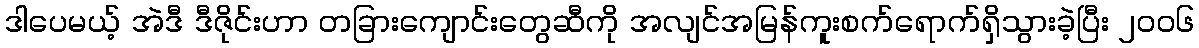
ဒါပေမယ့် အဲဒီ ဒီဇိုင်းဟာ တခြားကျောင်းတွေဆီကို အလျင်အမြန်ကူးစက်ရောက်ရှိသွားခဲ့ပြီး ၂ဝဝ၆